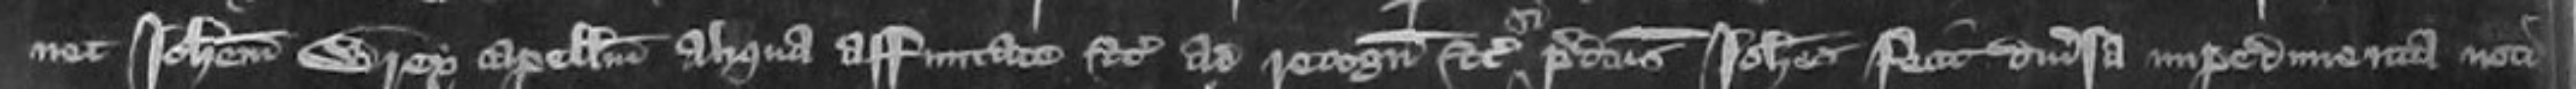
nec Johannem Wrey capellum aliqua affirmate etc ad recognoscendum etc predictus Johannes fecit diversa impedimenta noti